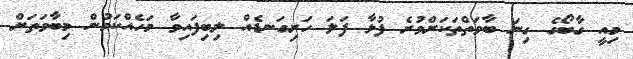
މިއީ ގާބޯގެ ގިނަ ބާވަތްތަކަށްވުރެ ފުޅާ ފަލަ ހަށިގަނޑެއް ލިބިފައިވާ މަހެއްކަމުން މިބާވަތަށް